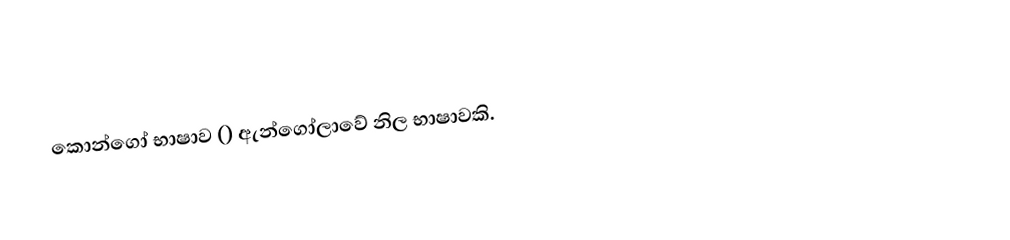
කොන්ගෝ භාෂාව () ඇන්ගෝලාවේ නිල භාෂාවකි.